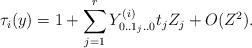
LaTeX: \begin{align*}\tau _{i}(y)=1+\sum_{j=1}^{r}Y_{0..1_{j}..0}^{(i)}t_{j}Z_{j}+O(Z^{2}).\end{align*}